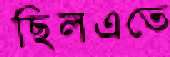
ছিলএতে